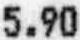
5.90